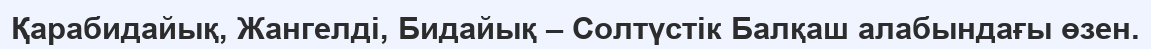
Қарабидайық, Жангелді, Бидайық – Солтүстік Балқаш алабындағы өзен.